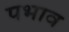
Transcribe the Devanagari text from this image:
पभाव